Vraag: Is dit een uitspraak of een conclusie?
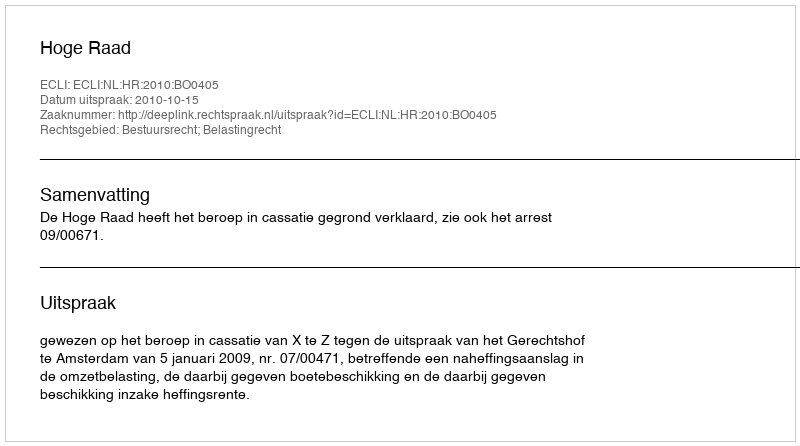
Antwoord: Uitspraak